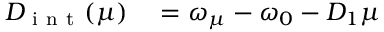
\begin{array} { r l } { D _ { \mathrm { ~ i ~ n ~ t ~ } } ( \mu ) } & { { } = \omega _ { \mu } - \omega _ { 0 } - D _ { 1 } \mu } \end{array}